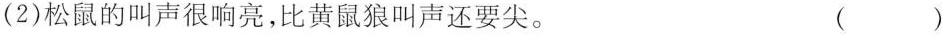
(2)松鼠的叫声很响亮，比黄鼠狼叫声还要尖。 ()